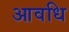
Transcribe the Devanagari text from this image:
आवधि